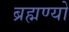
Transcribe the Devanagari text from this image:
ब्रह्मण्यो